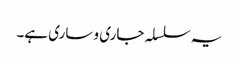
یہ سلسلہ جاری و ساری ہے۔